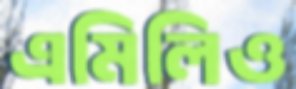
এমিলিও